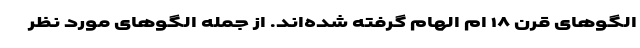
الگو‌های قرن ۱۸ ام الهام گرفته شده‌اند. از جمله الگو‌های مورد نظر